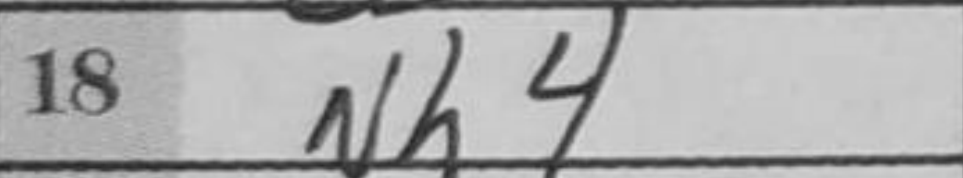
Transcription: Nh4